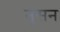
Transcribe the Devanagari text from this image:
नूसन